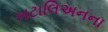
બટાલિઅનના